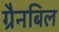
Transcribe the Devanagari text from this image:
ग्रैनबिल